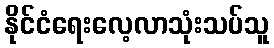
နိုင်ငံရေးလေ့လာသုံးသပ်သူ